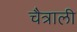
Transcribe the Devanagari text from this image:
चैत्राली